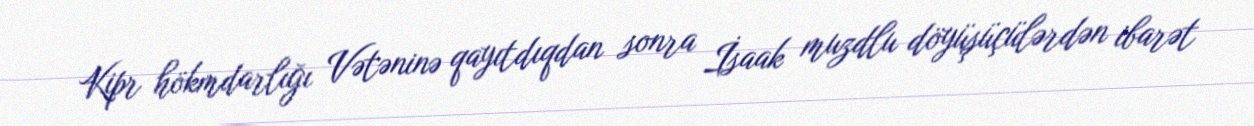
Kipr hökmdarlığı Vətəninə qayıtdıqdan sonra İsaak muzdlu döyüşüçülərdən ibarət